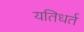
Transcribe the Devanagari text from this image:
यतिधर्त